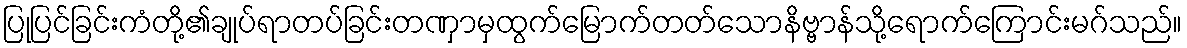
ပြုပြင်ခြင်းကံတို့၏ချုပ်ရာတပ်ခြင်းတဏှာမှထွက်မြောက်တတ်သောနိဗ္ဗာန်သို့ရောက်ကြောင်းမဂ်သည်။